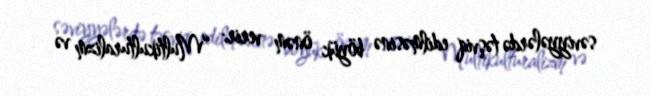
səviyyələrdə təşviq edilməsinə böyük önəm verir: “Multikulturalizm və